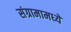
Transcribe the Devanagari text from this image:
संग्रामामध्‍ये